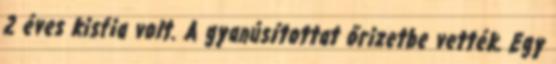
2 éves kisfia volt. A gyanúsítottat őrizetbe vették. Egy